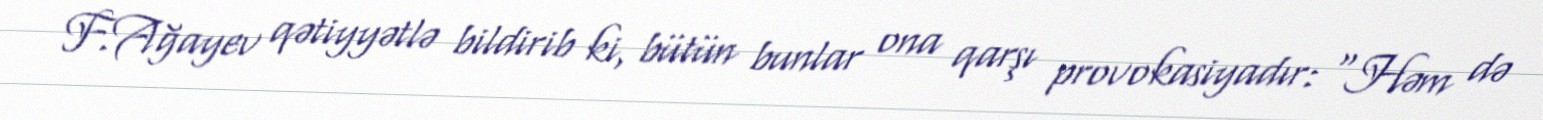
F.Ağayev qətiyyətlə bildirib ki, bütün bunlar ona qarşı provokasiyadır: “Həm də